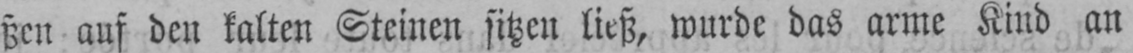
ßen auf den kalten Steinen sitzen ließ, wurde das arme Kind an